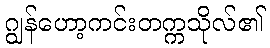
ဂျွန်ဟော့ကင်းတက္ကသိုလ်၏